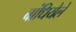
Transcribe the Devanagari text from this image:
बांधियेले